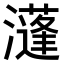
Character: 𤂧